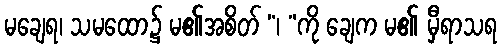
မချေရ၊ သမထော၌ မ၏အစိတ် “၊ ”ကို ချေက မ၏ မှီရာသရ